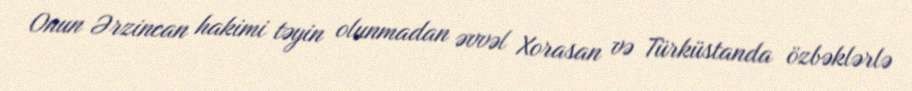
Onun Ərzincan hakimi təyin olunmadan əvvəl Xorasan və Türküstanda özbəklərlə